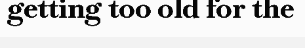
getting too old for the